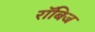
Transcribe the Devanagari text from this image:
रॉबिज